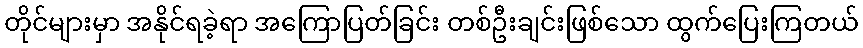
တိုင်များမှာ အနိုင်ရခဲ့ရာ အကြောပြတ်ခြင်း တစ်ဦးချင်းဖြစ်သော ထွက်ပြေးကြတယ်